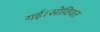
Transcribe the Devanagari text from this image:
गई।सोवियत